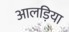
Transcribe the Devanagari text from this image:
आलड़िया